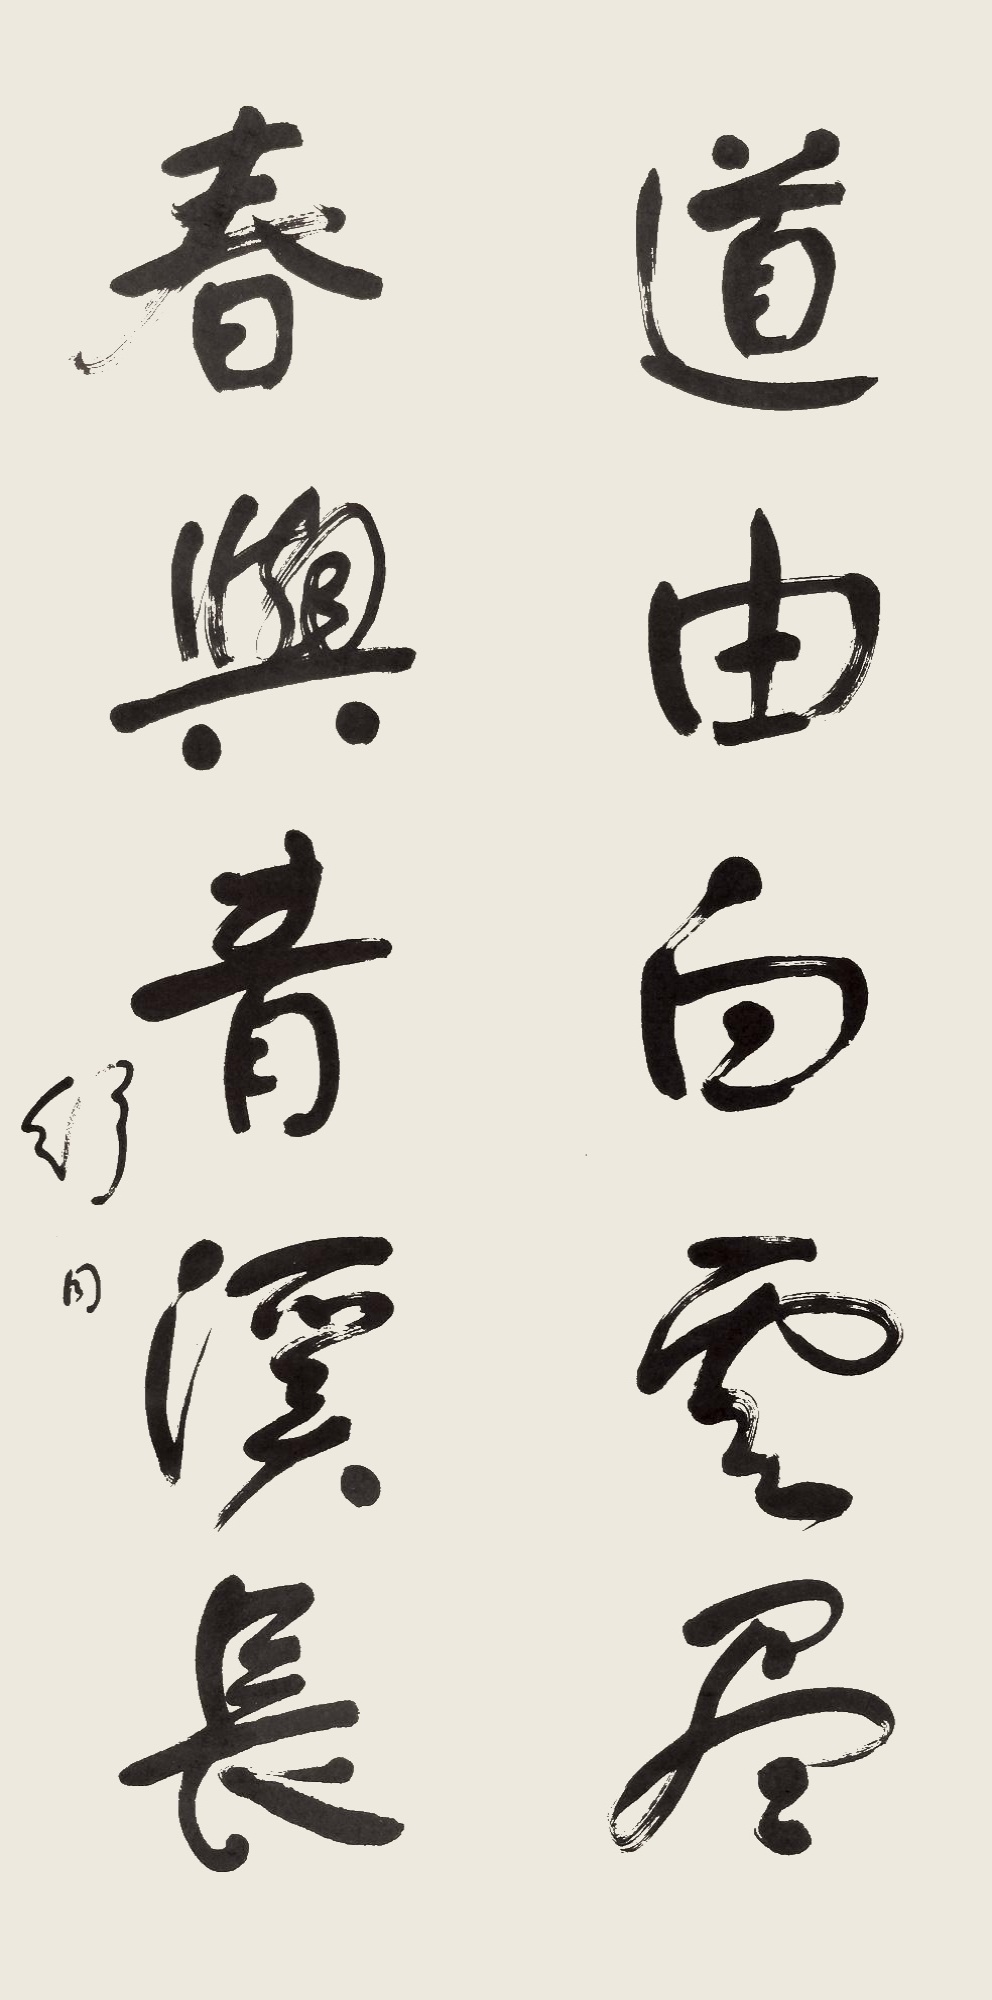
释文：道由白云尽，春与青溪长。舒同。